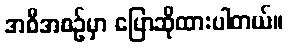
အစီအစဉ်မှာ ပြောဆိုထားပါတယ်။